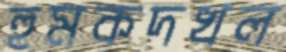
হুমকদখল